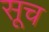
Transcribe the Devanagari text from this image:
सूच